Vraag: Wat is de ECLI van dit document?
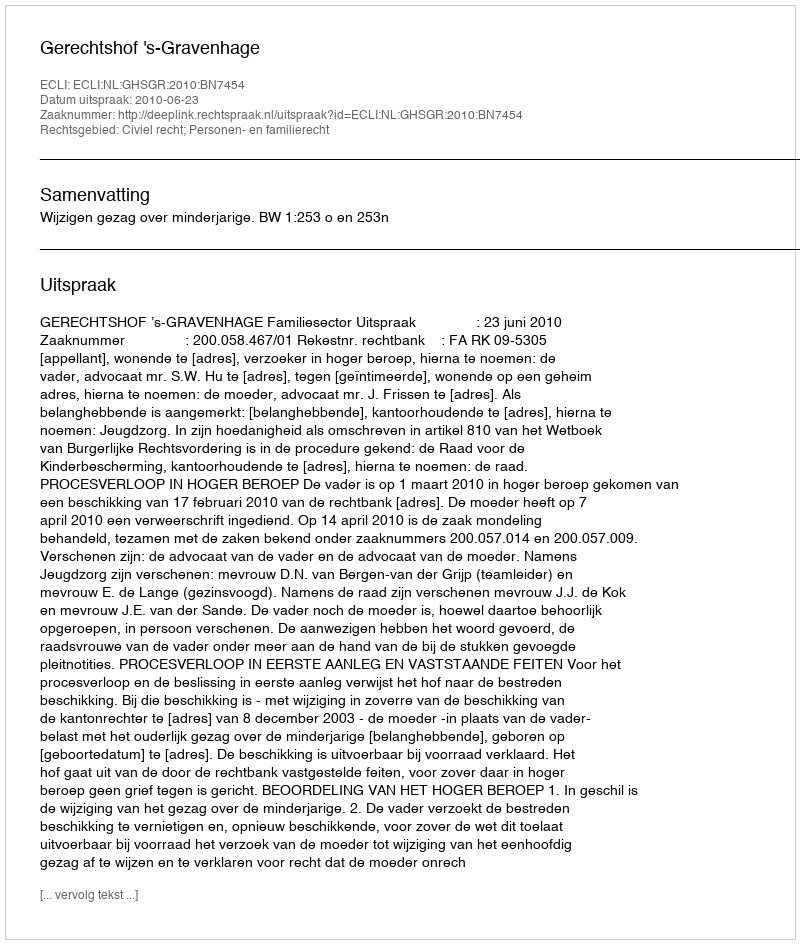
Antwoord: ECLI:NL:GHSGR:2010:BN7454